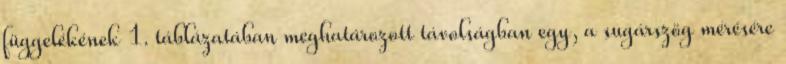
függelékének 1. táblázatában meghatározott távolságban egy, a sugárszög mérésére